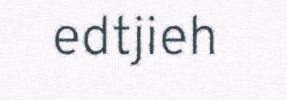
edtjieh